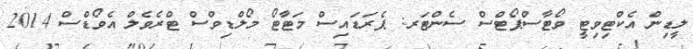
ލީޑިން އެކްޓިވިޓީ ވޯޓާސްޕޯޓްސް ސެންޓަރ: ޕެރަޑައިސް މަޓާޓޯ މޯލްޑިވްސް ޓްރެވެލް އެވޯޑްސް 2014